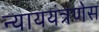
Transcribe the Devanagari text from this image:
न्याययंत्रणेस